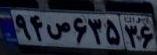
۹۴ص۶۳۵۳۶